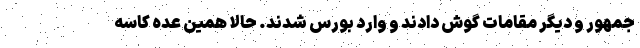
جمهور و دیگر مقامات گوش دادند و وارد بورس شدند. حالا همین عده کاسه